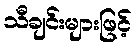
သီချင်းများဖြင့်